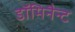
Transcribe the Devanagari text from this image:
डॉमिनैन्ट